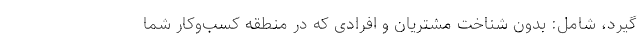
‌گیرد، شامل: بدون شناخت مشتریان و افرادی که در منطقه کسب‌وکار شما